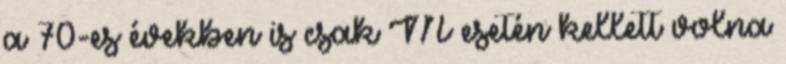
a 70-es években is csak M esetén kellett volna